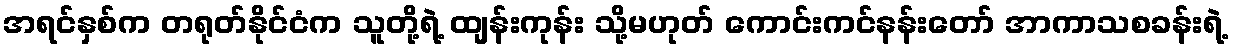
အရင်နှစ်က တရုတ်နိုင်ငံက သူတို့ရဲ့ ထျန်းကုန်း သို့မဟုတ် ကောင်းကင်နန်းတော် အာကာသစခန်းရဲ့